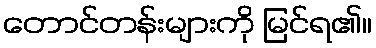
တောင်တန်းများကို မြင်ရ၏။